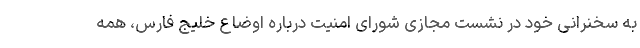
به سخنرانی خود در نشست مجازی شورای امنیت درباره اوضاع خلیج فارس، همه